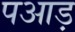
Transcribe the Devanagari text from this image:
पआड़